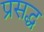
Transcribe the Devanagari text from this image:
प्रसद्ध